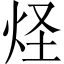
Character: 𤇂